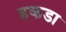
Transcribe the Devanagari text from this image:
हकडा